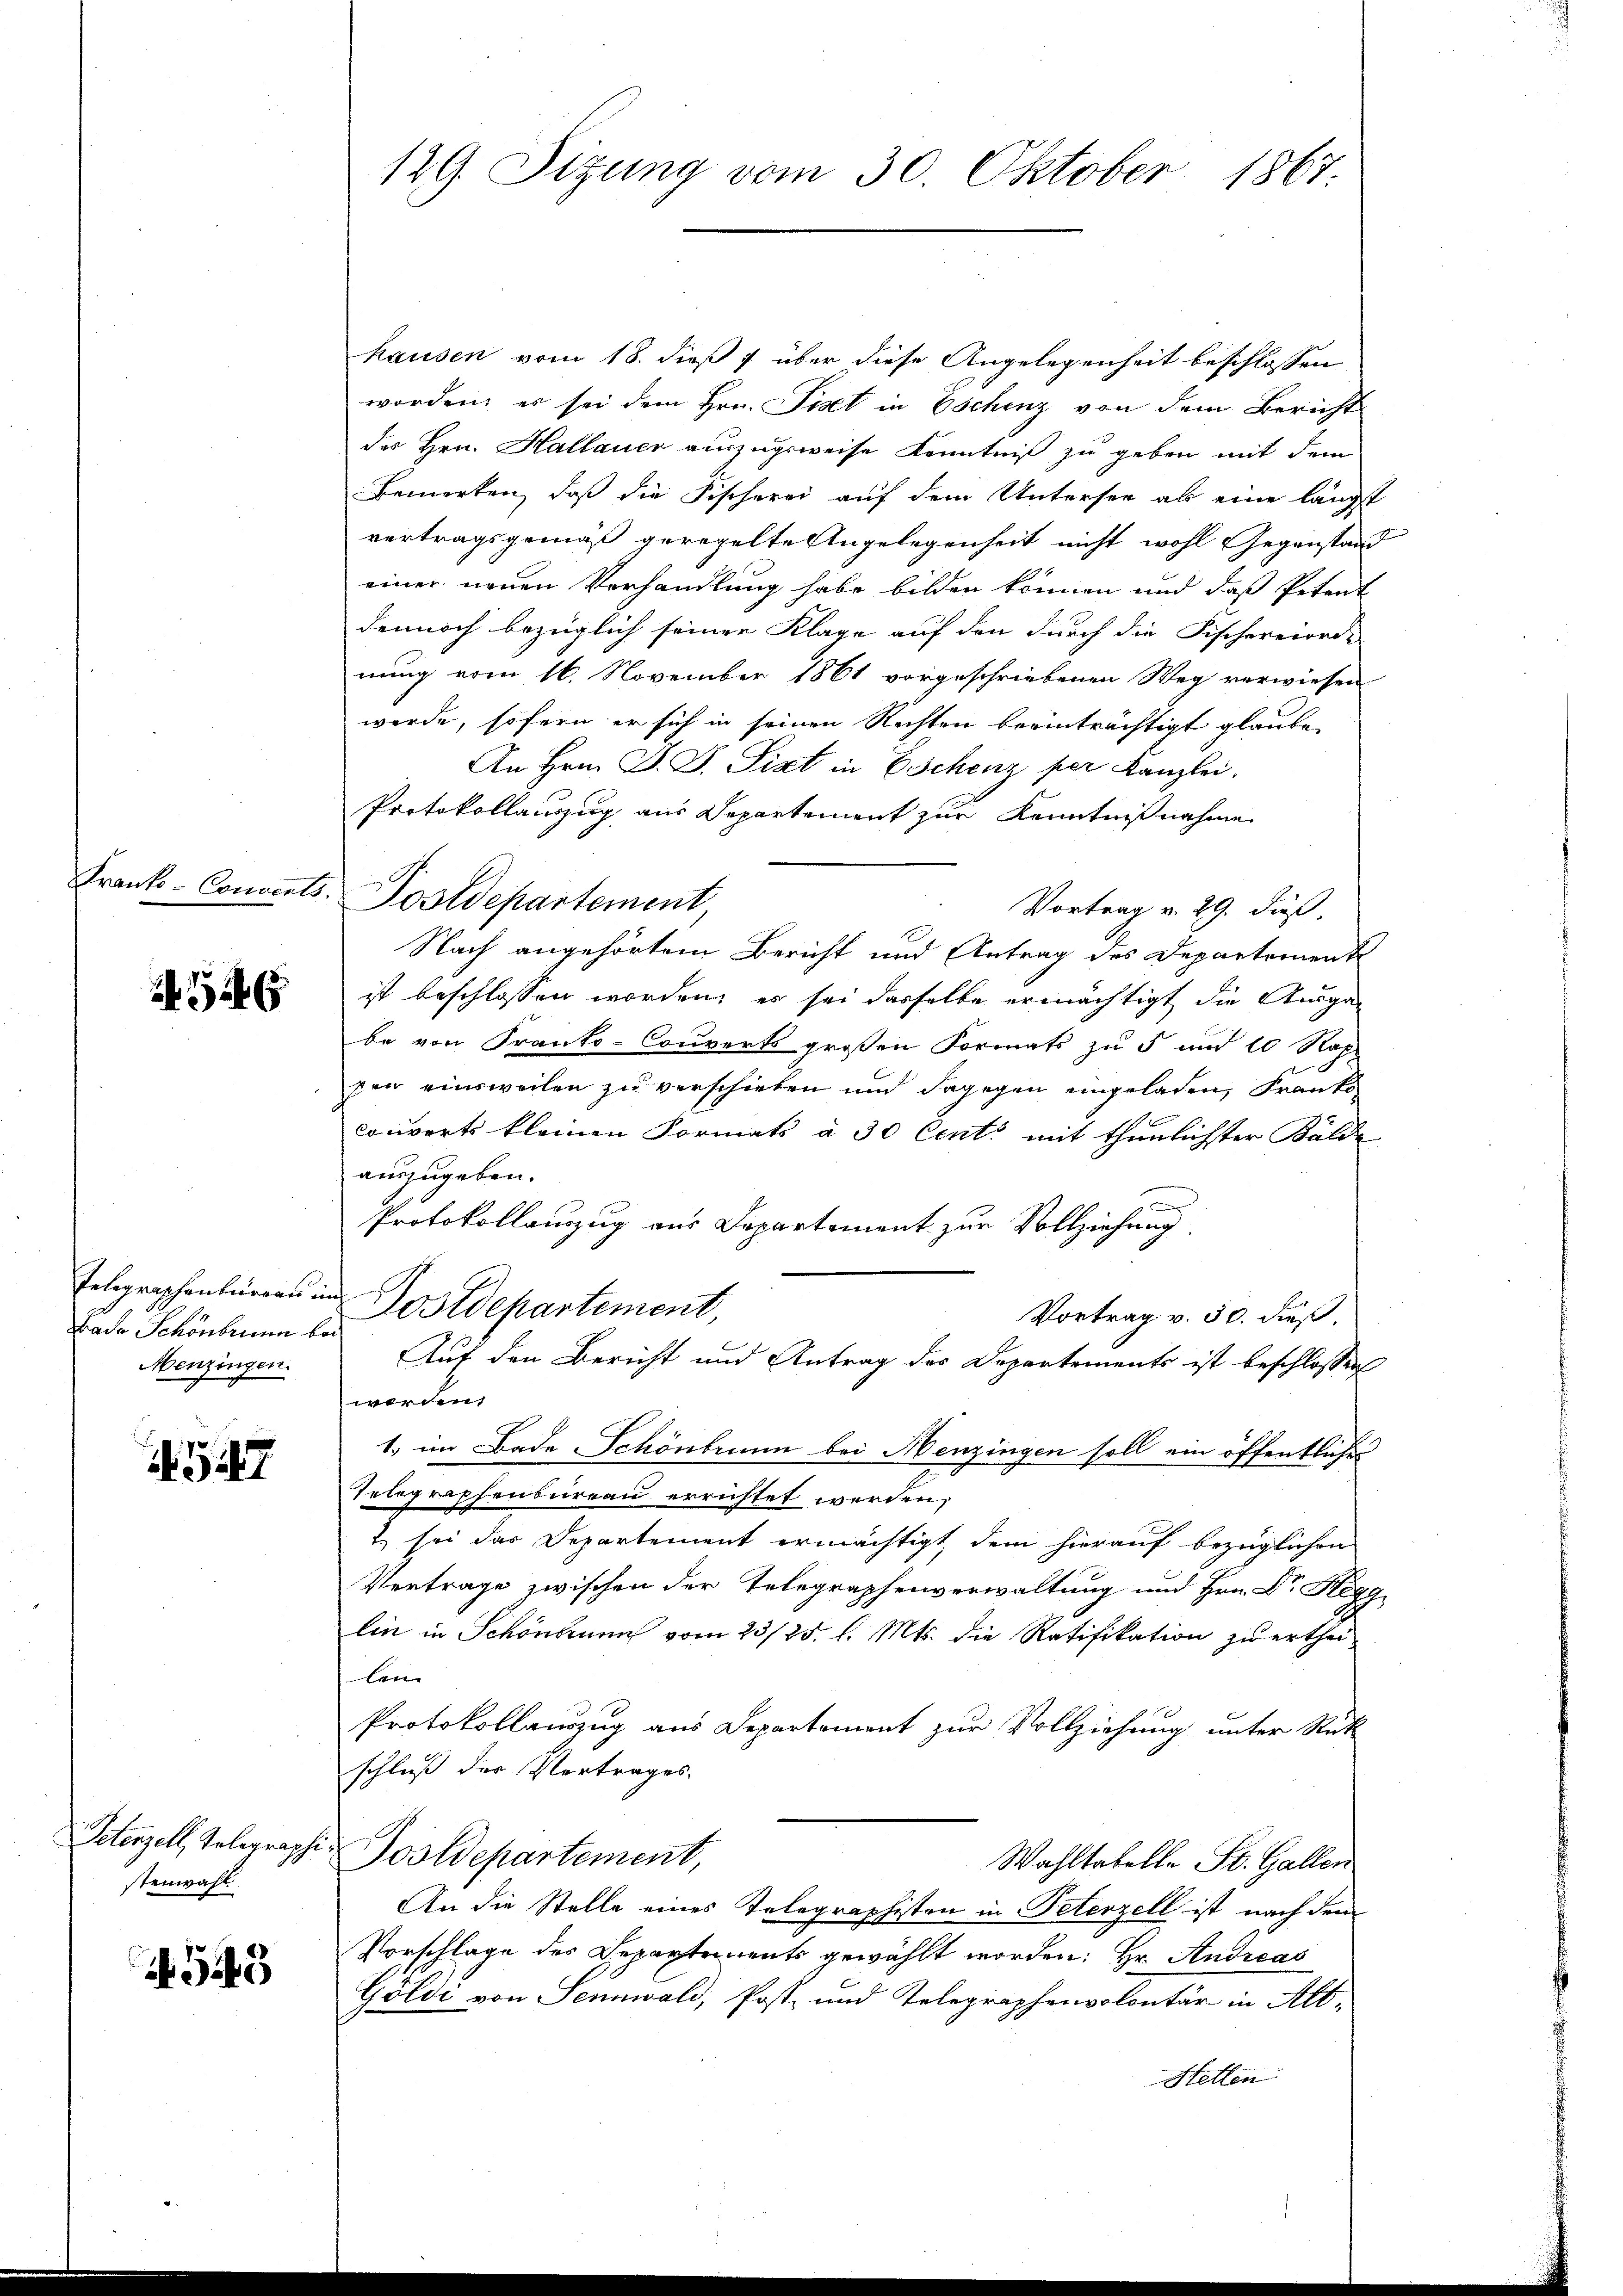
546

Telegraphenbureau in
Bado Schönbrunn bei
Menzingen.

57

Petenzell, Telegraphe
stenwahl

545

129. Sitzung vom 30. Oktober 1867

hausen vom 18. dieß 1 über diese Angelegenheit beschlossen
worden, es sei dem Hrn. Fiset in Eschenz von dem Bericht
des Hrn. Hallauer auszugeweise Kenntniß zu geben mit dem
Bemerken, daß die Fischerei auf dem Untersee als eine längst
vertragsgemäß geregelte Angelegenheit nicht wohl Gegenstand
einer neuen Vorhandlung habe bilden können und daß Petent
dennoch bezüglich seiner Klage auf den durch die Fischererorde
nung vom 16. November 1861 vorgeschriebenen Weg verwiesen
werde, sofern er sich in seinen Rechten beeinträchtigt glaube,
An Hrn. F. J. Sixt in Eschenz per Kanzlei.
Protokollauszug aus Departement zur Kenntnißnahme
Vortrag v. 29. dieß
Nach angehörtem Bericht und Antrag des Departement
ist beschlossen worden; es sei dasselbe ermächtigt die Ausga-
be von Franto-Couverts großen Formats zu 5 und 10 Rap
sen einsweilen zu verschieben und dagegen eingeladen, Franko
converts kleinen Formats à 30 Cents mit thunlichster Kälde
auszugeben.
Protokollanzug aus Departement zur Vollziehung
Postdepartement,
Vortrag v. 30. dieß
Auf den Bericht und Antrag des Departements ist beschlossen
)
1. im Bade Schönbrunn bei Menzingen soll ein öffentlicher
Telegraphenbureau errichtet werden,
2) sei das Departement ermächtigt, dem hierauf bezüglichen
Vertrage zwischen der Telegraphenverwaltung und Hrn. Dr. Hegg
lin in Schönbrunn vom 23/25. l. Mts. die Ratifikation zu ertheilen
Protokollauszug aus Departement zur Vollziehung unter Stück
schluß der Vertrages.
Tostdepartement,
Wahltabelle St. Gallen
An die Stelle eines Telegraphisten in Peterzell ist nach dem
Vorschlage des Departements gewählt worden: Hr. Andreas
Goldi von Sennwald, Post- und Telegraphenvolontär in Alt¬
Stellen

Frank- Convent. Postdepartement